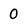
Character: 0